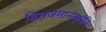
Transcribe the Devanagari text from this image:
विराजमानमूर्धनि